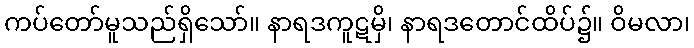
ကပ်တော်မူသည်ရှိသော်။ နာရဒကူဋမှိ၊ နာရဒတောင်ထိပ်၌။ ဝိမလာ၊